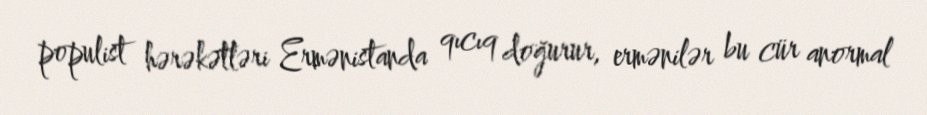
populist hərəkətləri Ermənistanda qıcıq doğurur, ermənilər bu cür anormal